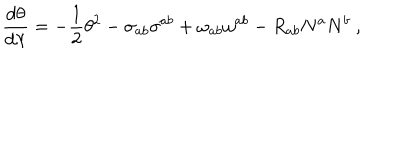
LaTeX: \frac { d \theta } { d \lambda } = - \frac { 1 } { 2 } \theta ^ { 2 } - \sigma _ { a b } \sigma ^ { a b } + \omega _ { a b } \omega ^ { a b } - R _ { a b } N ^ { a } N ^ { b } \ ,